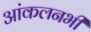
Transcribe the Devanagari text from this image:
आंकलनभी